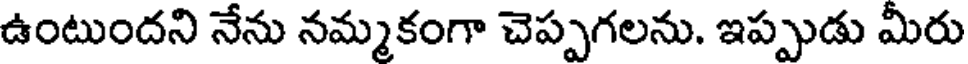
ఉంటుందని నేను నమ్మకంగా చెప్పగలను. ఇప్పుడు మీరు